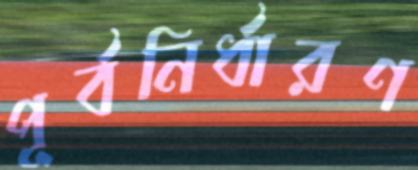
পূর্বনির্ধারণ